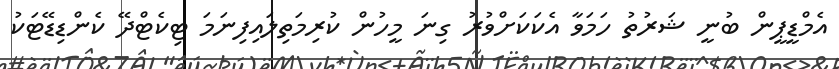
އެމްޑީޕީން ބުނީ ޝަރުތު ހަމަވާ އެކަކަށްވުރު ގިނަ މީހުން ކުރިމަތިލައިފިނަމަ ޓިކެޓްދޭ ކެންޑިޑޭޓަކު